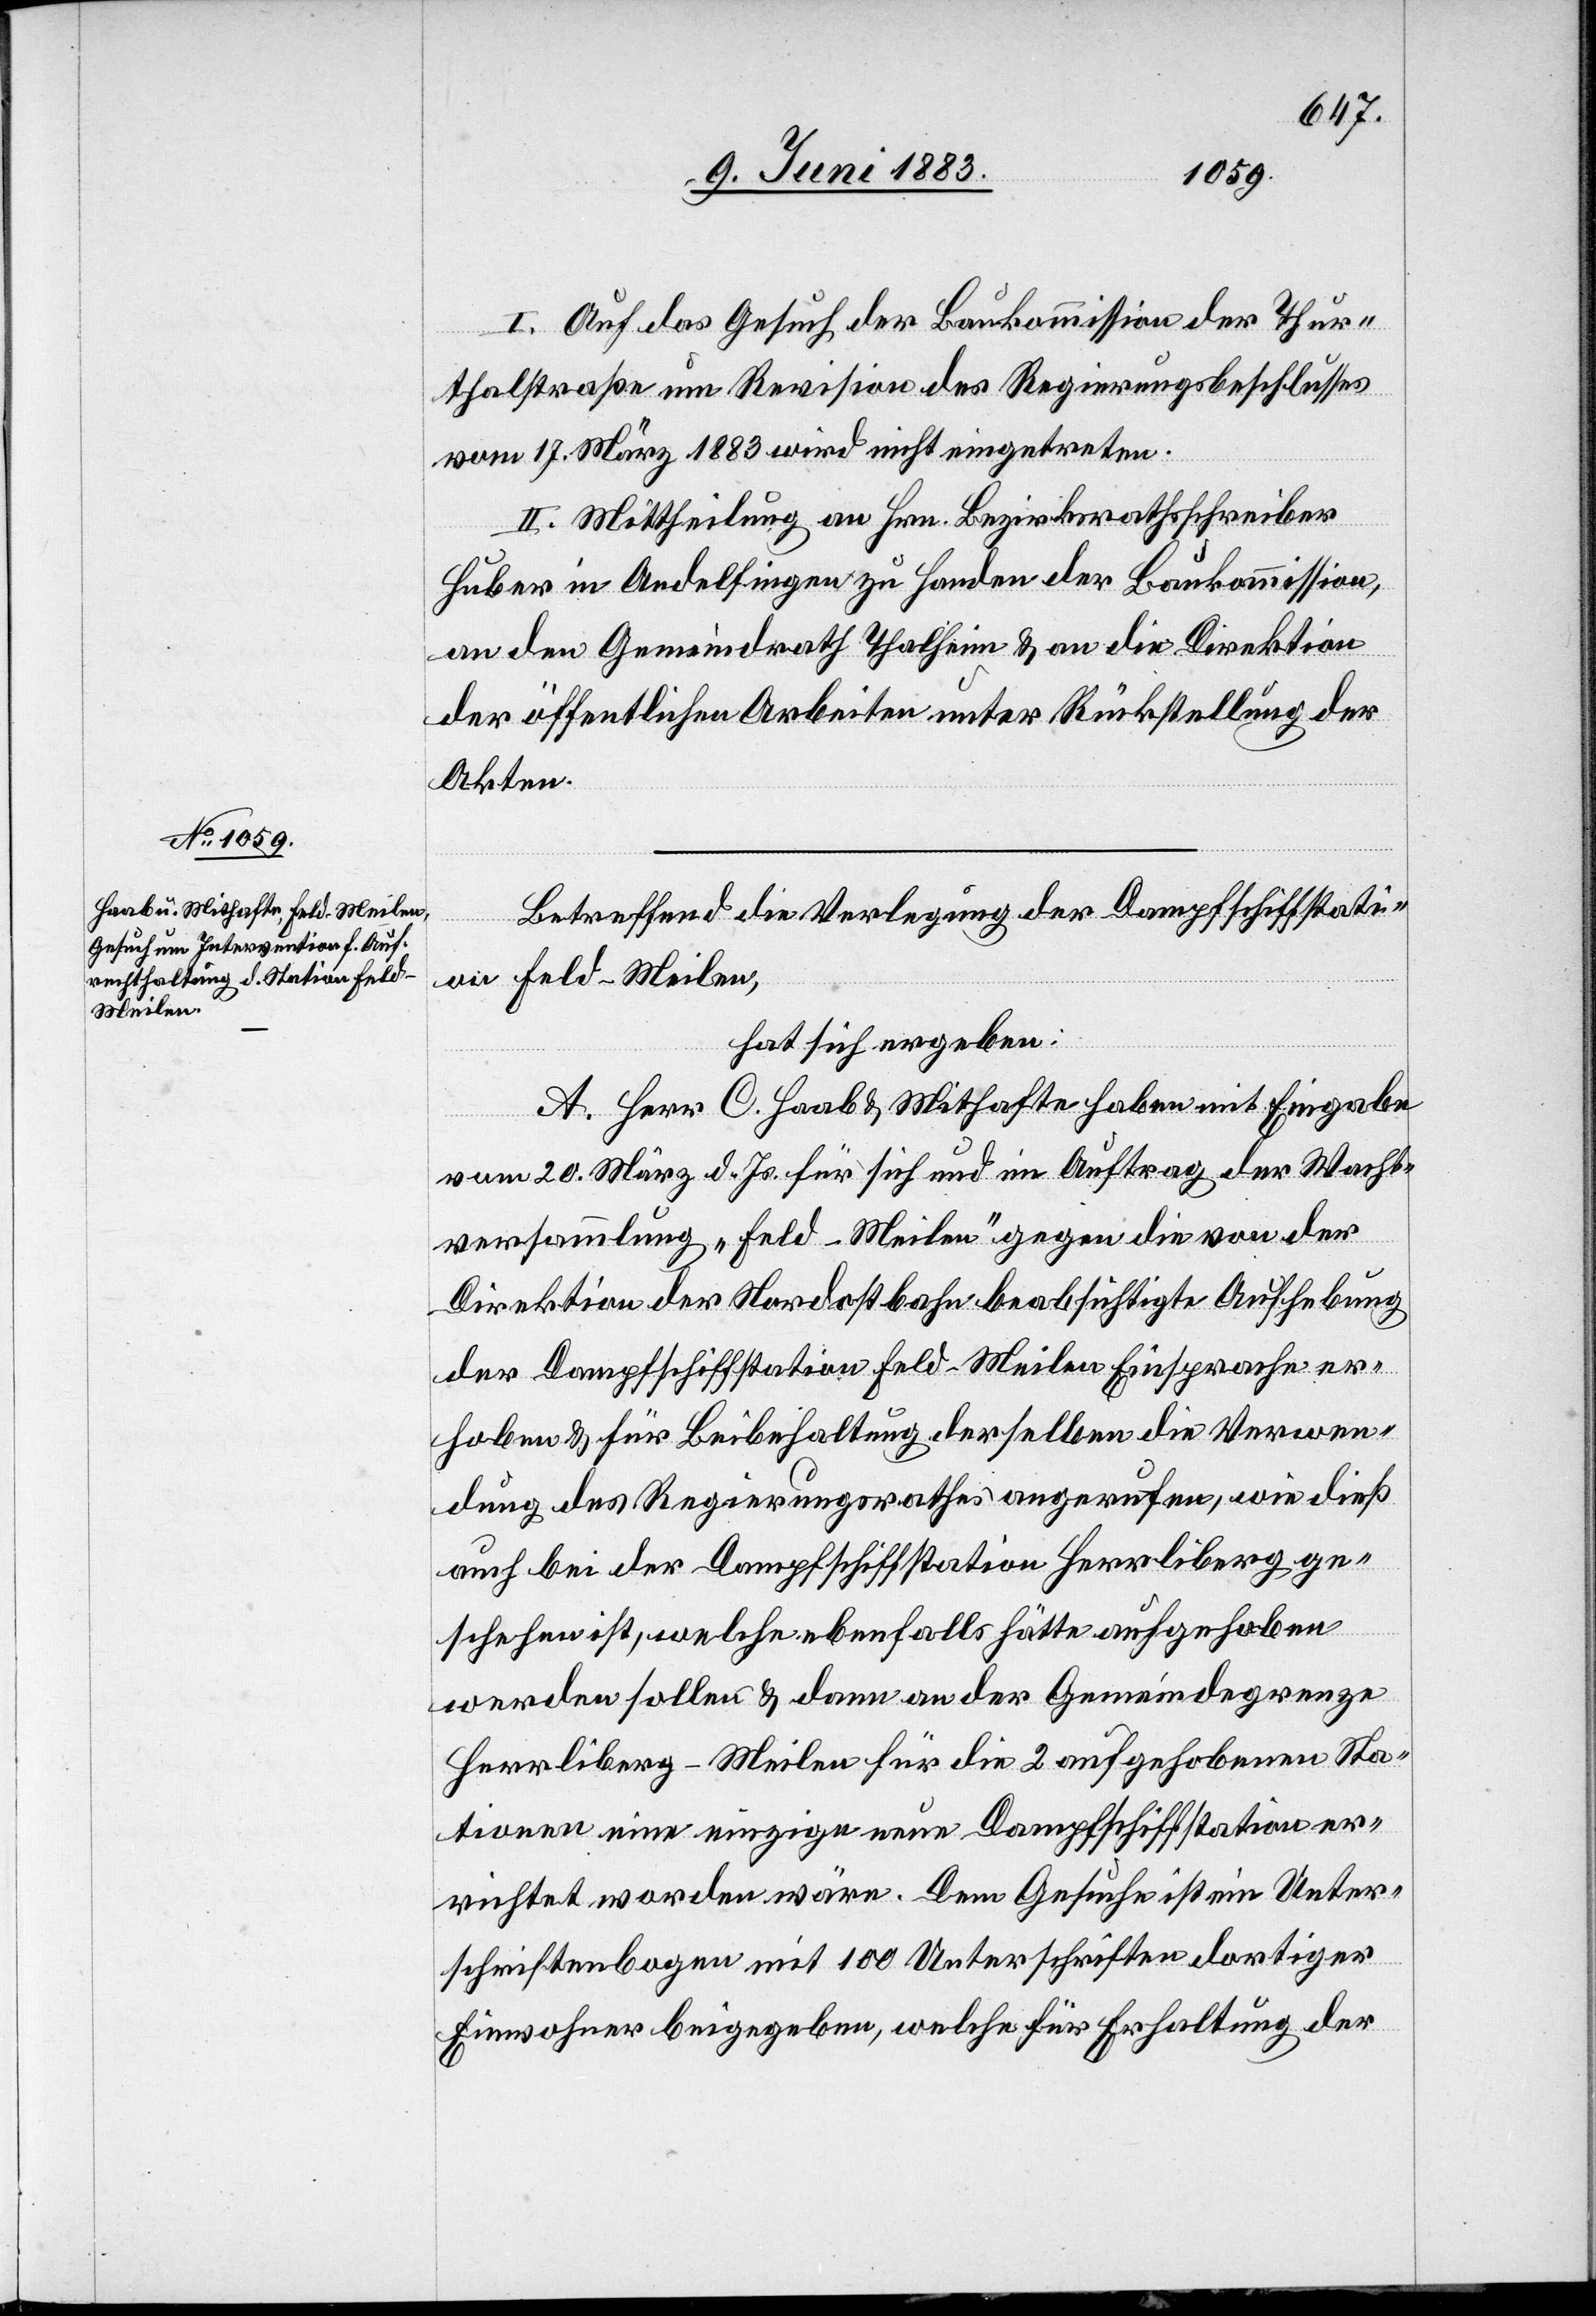
I. Auf das Gesuch der Baukommission der Thur¬
thalstraße um Revision des Regierungsbeschlusses
vom 17. März 1883 wird nicht eingetreten.
II. Mittheilung an Hrn. Bezirksrathsschreiber
Huber in Andelfingen zu Handen der Baukommission,
an den Gemeindrath Thalheim & an die Direktion
der öffentlichen Arbeiten unter Rückstellung der
Akten.
Betreffend die Verlegung der Dampfschiffstati¬
on Feld-Meilen,
hat sich ergeben:
A. Herr C. Haab & Mithafte haben mit Eingabe
vom 20. März d. Js. für sich und im Auftrag der Wacht¬
versammlung „Feld-Meilen" gegen die von der
Direktion der Nordostbahn beabsichtigte Aufhebung
der Dampfschiffstation Feld-Meilen Einsprache er¬
hoben & für Beibehaltung derselben die Verwen¬
dung des Regierungsrathes angerufen, wie dieß
auch bei der Dampfschiffstation Herrliberg ge¬
schehen ist, welche ebenfalls hätte aufgehoben
werden sollen & dann an der Gemeindegrenze
Herrliberg-Meilen für die 2 aufgehobenen Sta¬
tionen eine einzige neue Dampfschiffstation er¬
richtet worden wäre. Dem Gesuche ist ein Unter¬
schriftenbogen mit 100 Unterschriften dortiger
Einwohner beigegeben, welche für Erhaltung der